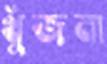
খুঁজনা